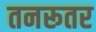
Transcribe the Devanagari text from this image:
तनरूतर